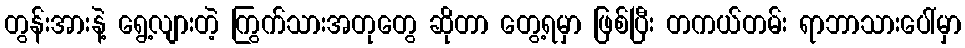
တွန်းအားနဲ့ ရွေ့လျားတဲ့ ကြွက်သားအတုတွေ ဆိုတာ တွေ့ရမှာ ဖြစ်ပြီး တကယ်တမ်း ရာဘာသားပေါ်မှာ